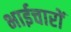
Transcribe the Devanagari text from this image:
भाईचारों